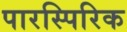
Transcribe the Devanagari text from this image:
पारस्पिरिक